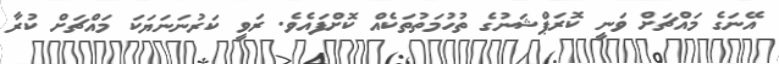
އޭނަގެ މައްޗަށް ވަނީ ކޮރަޕްޝަނުގެ ތުހުމަތުތަކެއް ކޮށްފައެވެ. ރަވީ ކަރުނަނަޔަކަ މައްޗަށް ކުރާ